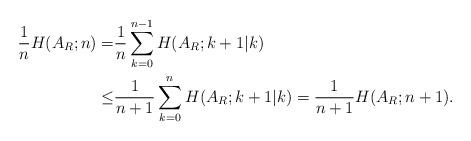
LaTeX: \begin{align*}\frac{1}{n}H(A_R;n)=& \frac{1}{n}\sum_{k=0}^{n-1}H(A_R;k+1|k)\\\le & \frac{1}{n+1}\sum_{k=0}^{n}H(A_R;k+1| k)= \frac{1}{n+1}H(A_R;n+1).\end{align*}